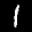
Label: 1